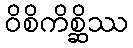
ဝိစိကိစ္ဆိဿ